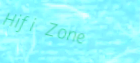
Hifi Zone